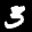
Label: 3